Lunatic asylums Punjab 1911-1921 - 1911-1921
Year: 1911
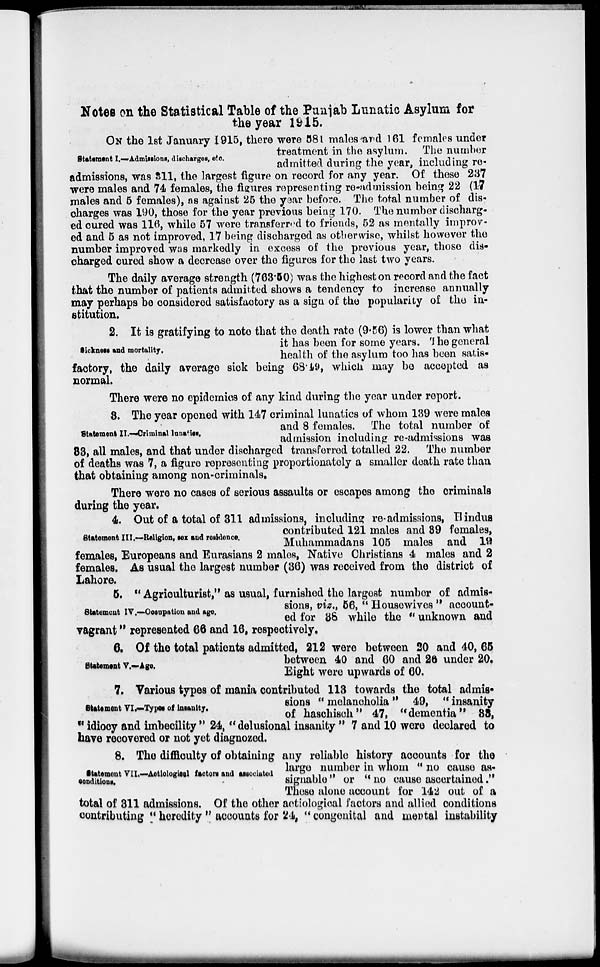
Notes on the Statistical Table of the Punjab Lunatic Asylum for
the year 1915.
Statement I.—Admissions, discharges, etc.
ON the 1st January 1915, there were 581 males and 161 females under
treatment in the asylum. The number
admitted during the year, including re-
admissions, was 311, the largest figure on record for any year. Of these 237
were males and 74 females, the figures representing re-admission being 22 (17
males and 5 females), as against 25 the year before. The total number of dis-
charges was 190, those for the year previous being 170. The number discharg-
ed cured was 116, while 57 were transferred to friends, 52 as mentally improv-
ed and 5 as not improved, 17 being discharged as otherwise, whilst however the
number improved was markedly in excess of the previous year, those dis-
charged cured show a decrease over the figures for the last two years.
The daily average strength (763.50) was the highest on record and the fact
that the number of patients admitted shows a tendency to increase annually
may perhaps be considered satisfactory as a sign of the popularity of the in-
stitution.
Sickness and mortality.
2. It is gratifying to note that the death rate (9.56) is lower than what
it has been for some years. The general
health of the asylum too has been satis-
factory, the daily average sick being 68.49, which may be accepted as
normal.
There were no epidemics of any kind during the year under report.
Statement II.—Criminal lunatics.
3. The year opened with 147 criminal lunatics of whom 139 were males
and 8 females. The total number of
admission including re-admissions was
83, all males, and that under discharged transferred totalled 22. The number
of deaths was 7, a figure representing proportionately a smaller death rate than
that obtaining among non-criminals.
There were no cases of serious assaults or escapes among the criminals
during the year.
Statement III.—Religion, sex and residence.
4. Out of a total of 311 admissions, including re-admissions, Hindus
contributed 121 males and 89 females,
Muhammadans 105 males and 19
females, Europeans and Eurasians 2 males, Native Christians 4 males and 2
females. As usual the largest number (36) was received from the district of
Lahore.
Statement IV.—Occupation and age.
5. " Agriculturist," as usual, furnished the largest number of admis-
sions, viz., 56, " Housewives " account-
ed for 38 while the " unknown and
vagrant" represented 66 and 16, respectively.
Statement V.—Age.
6. Of the total patients admitted, 212 were between 20 and 40, 65
between 40 and 60 and 26 under 20.
Eight were upwards of 60.
Statement VI.—Types of insanity.
7. Various types of mania contributed 113 towards the total admis-
sions " melancholia " 49, " insanity
of haschisch" 47, " dementia" 33,
" idiocy and imbecility " 24," delusional insanity " 7 and 10 were declared to
have recovered or not yet diagnozed.
Statement VII.—Aetiological factors and associated
conditions.
8. The difficulty of obtaining any reliable history accounts for the
large number in whom " no cause as-
signable " or "no cause ascertained."
These alone account for 142 out of a
total of 311 admissions. Of the other aetiological factors and allied conditions
contributing " heredity " accounts for 24, " congenital and mental instability